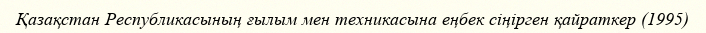
Қазақстан Республикасының ғылым мен техникасына еңбек сіңірген қайраткер (1995)